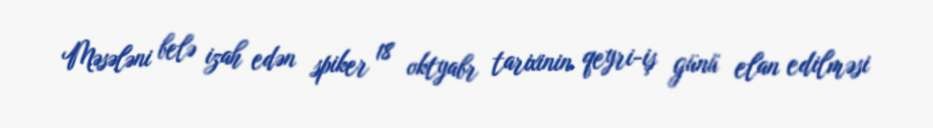
Məsələni belə izah edən spiker 18 oktyabr tarixinin qeyri-iş günü elan edilməsi